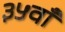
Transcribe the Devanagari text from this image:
३५वाँ